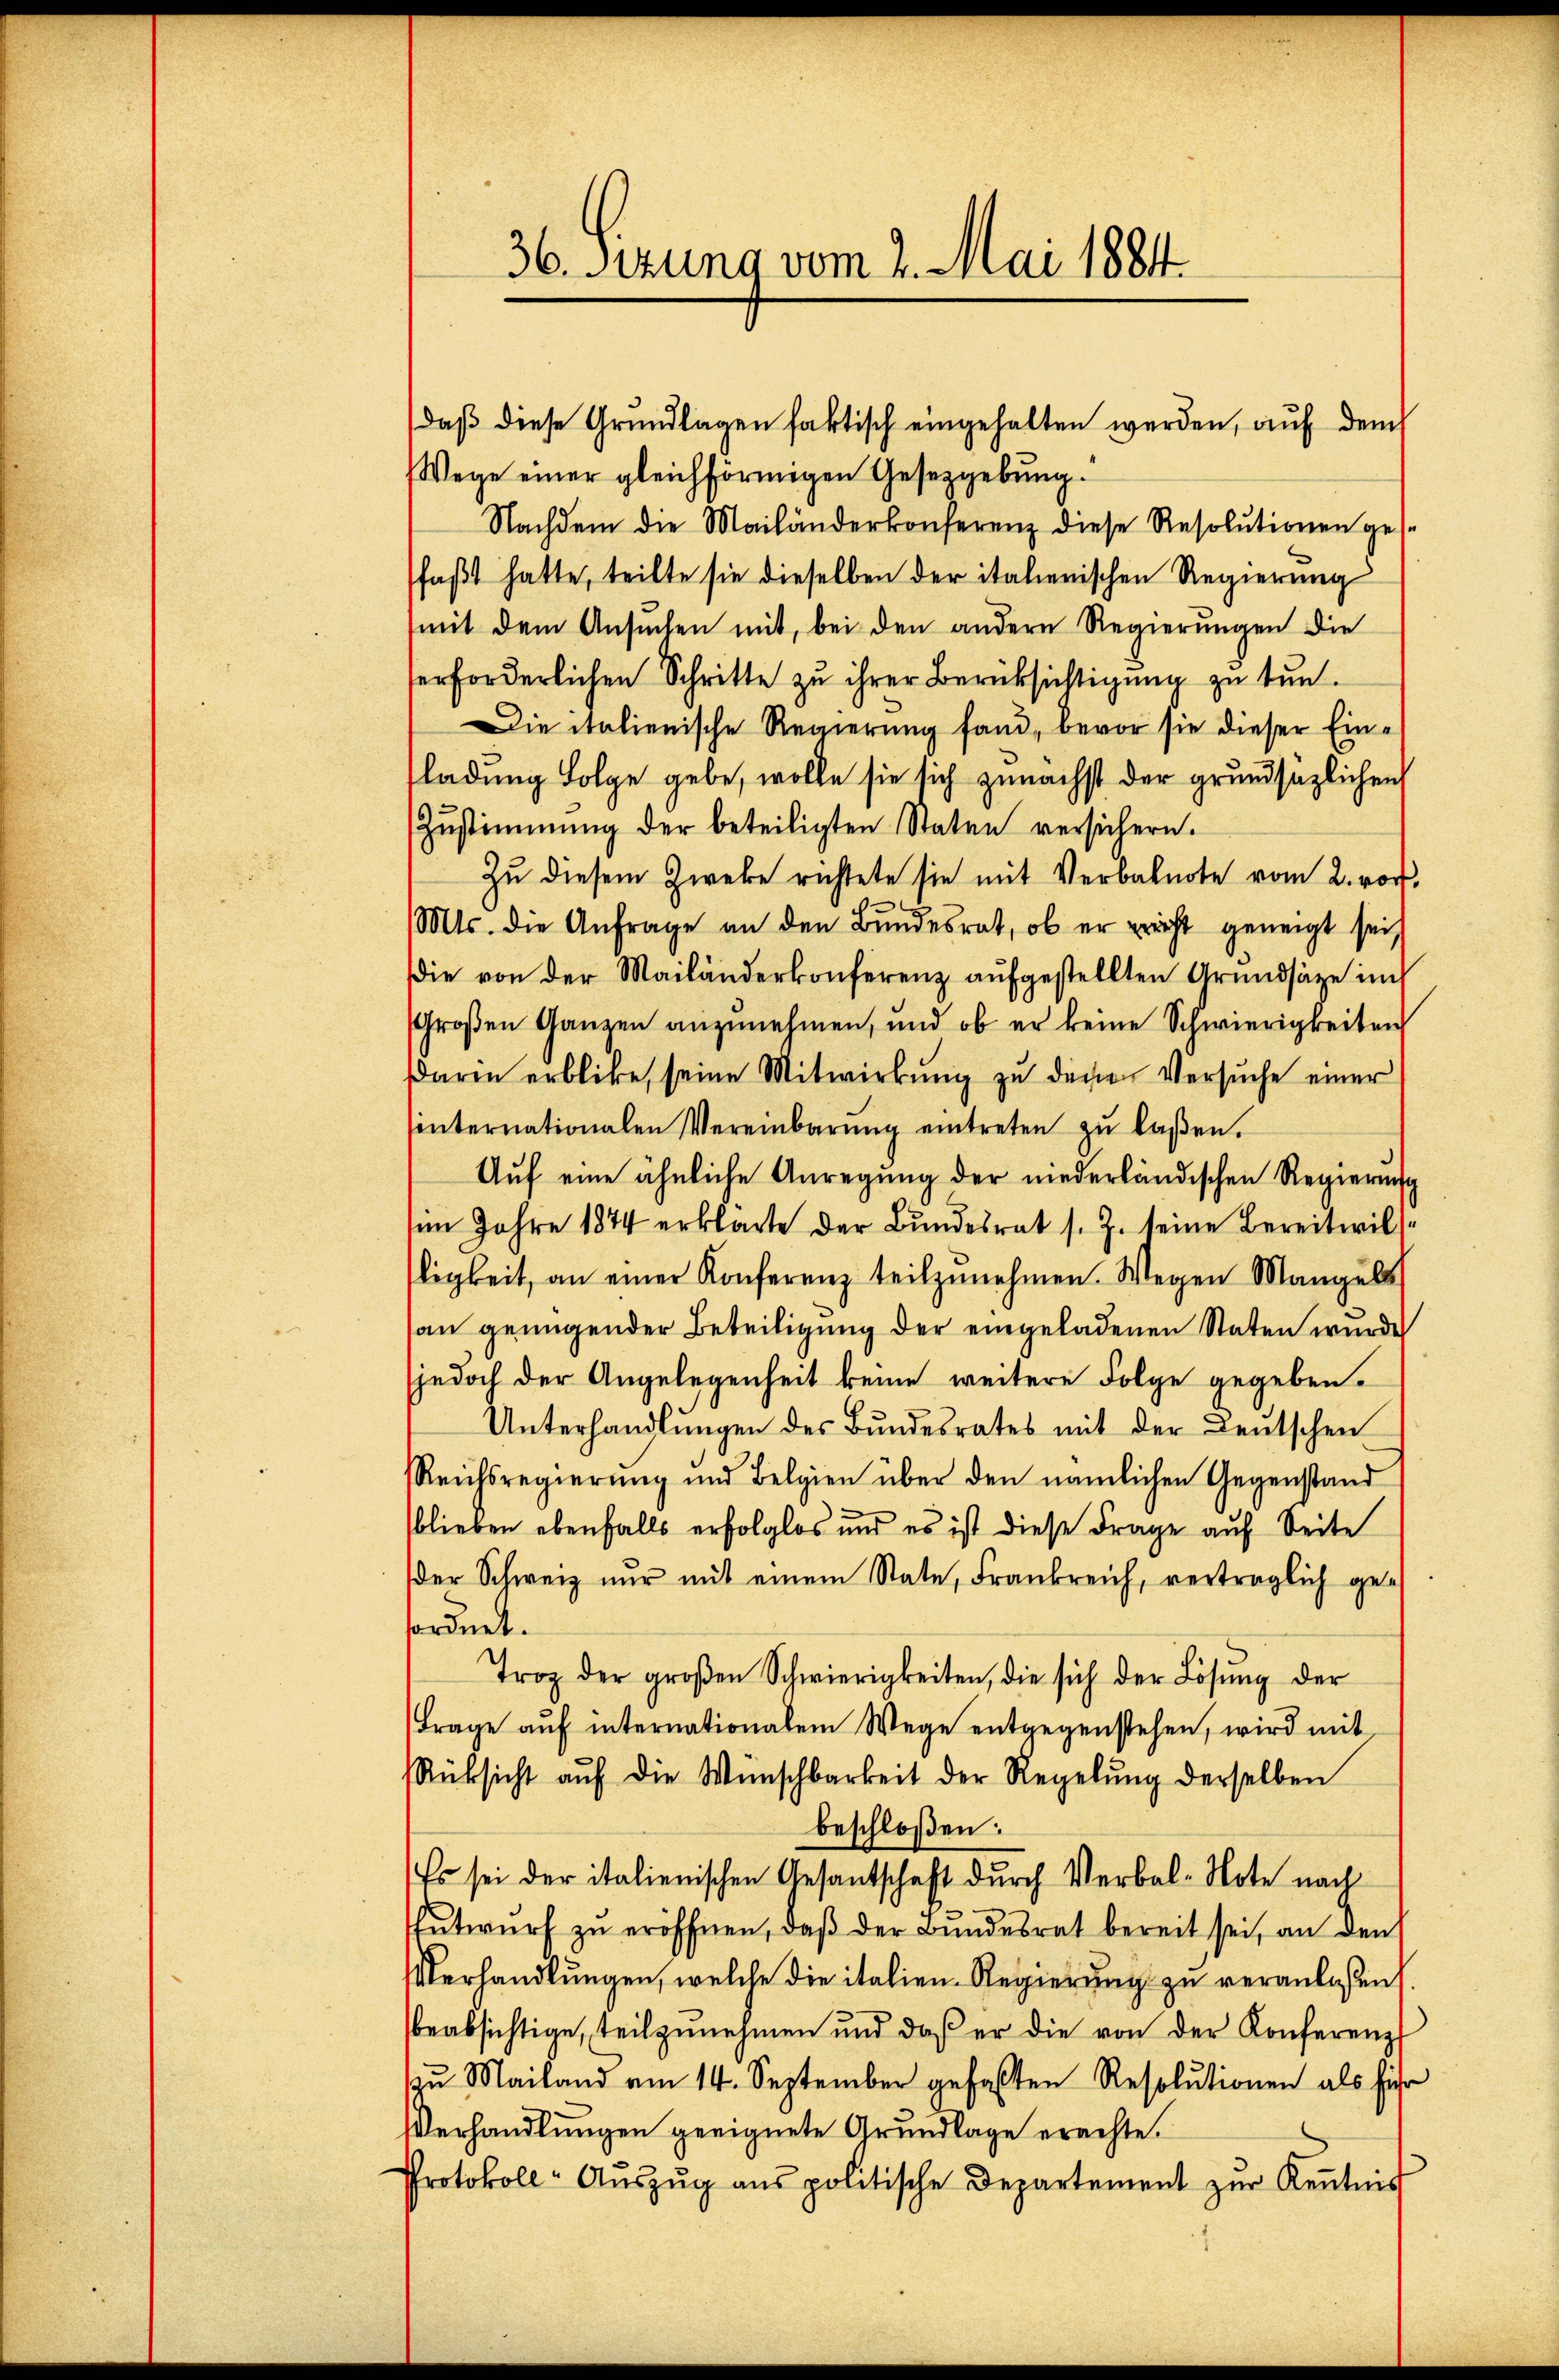
Wege einer gleichförmigen Gesetzgebung.
Nachdem die Mailänderkonferenz diese Resolutionen gesfaßt hatte, teilte sie dieselben der italienischen Regierung
mit dem Ansŭchen mit, bei den andern Regierŭngen die
erforderlichen Schritte zu ihrer Berücksichtigung zu tun.
Die italienische Regierung fand, bevor sie dieser Einfladung Folge gebe, wolle sie sich zunächst der grundsazlichen
Zŭstimmung der beteiligten Staten versichern.
Zŭ diesem Zweke richtete sie mit Verbalnote vom 2. vor.
Mts. die Anfrage an den Bundesrat, ob er erricht geneigt sei,
Die von der Mailänderkonferenz aufgestellten Grundsätze im
Großen Ganzen anzunehmen, und ob er keine Schwierigkeiten
darin erblicke, seine Mitwirkung zu dene Versuche einer
nternationalen Vereinbarŭng eintreten zŭ lasen.
Aŭf eine ähnliche Anregung der niederländischen Regierung
im Jahre 1874 erklärte der Bundesrat s. Z. seine Bereitwilligkeit, an einer Konferenz teilzunehmen. Wegen Mangels
an genügender Beteiligung der eingeladenen Staten wurde
(jedoch der Angelegenheit keine weitere Folge gegeben.
Unterhandlungen des Bundesrates mit der Leŭtschen
Reichsregierŭng und Belgien über den nämlichen Gegenstand
blieben ebenfalls erfolglos und es ist diese Frage auf Seite
der Schweiz nur mit einem State, Frankreich, verträglich gefordnet.
Troz der groβen Schwierigkeiten, die sich der Lösŭng der
Frage aŭf internationalem Wege entgegenstehen, wird mit
Rücksicht aŭf die Wünschbarkeit der Regelŭng derselben
beschloßen:
Es sei der italienischen Gesantschaft durch Verbal-Note nach
Entwurf zu eröffnen, daß der Bundesrat bereit sei, an den
Verhandlungen, welche die italien-Regierung zu veranlaßen
beabsichtige, teilzŭnehmen und daß er die von der Konferenz
zu Mailand am 14. September gefaßten Resolutionen als führ
Verhandlungen geeignete Grundlage erachte.
Protokoll- Aŭszŭg ans politische Departement zŭr Keṅtnis

36. Sizung vom 2. Mai 1884.

daß diese Grundlagen faktisch eingehalten werden, auf dem